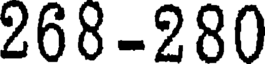
268-280